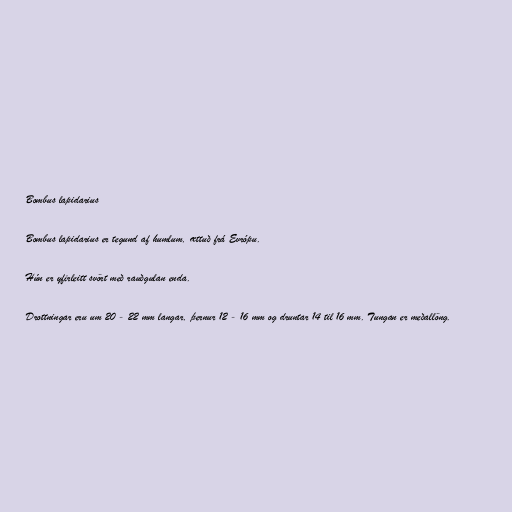
Bombus lapidarius

Bombus lapidarius er tegund af humlum, ættuð frá Evrópu.

Hún er yfirleitt svört með rauðgulan enda.

Drottningar eru um 20 - 22 mm langar, þernur 12 - 16 mm og druntar 14 til 16 mm. Tungan er meðallöng.